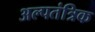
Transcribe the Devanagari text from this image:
अल्पतंत्रिक